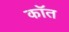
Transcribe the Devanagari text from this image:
कॉत